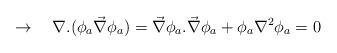
LaTeX: \begin{align*}\rightarrow \ \ \ \nabla .(\phi_a\vec{\nabla} \phi_a )=\vec{\nabla} \phi_a.\vec{\nabla} \phi_a +\phi_a \nabla^2 \phi_a =0\end{align*}